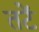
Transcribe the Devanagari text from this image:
तटें